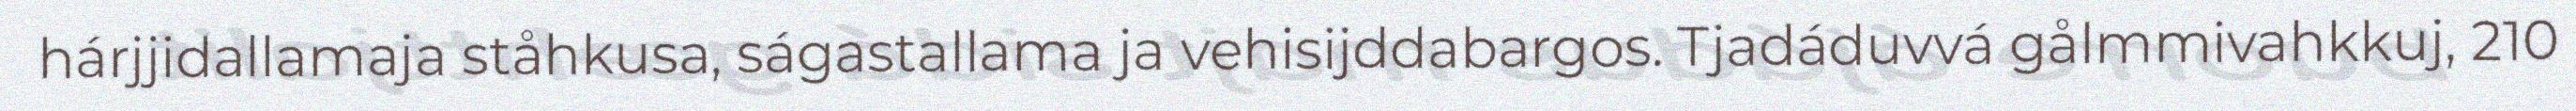
hárjjidallamaja ståhkusa, ságastallama ja vehisijddabargos. Tjadáduvvá gålmmivahkkuj, 210